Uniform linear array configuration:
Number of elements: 4
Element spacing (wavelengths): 0.5
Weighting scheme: blackman
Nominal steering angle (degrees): -60
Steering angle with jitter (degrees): -61.482
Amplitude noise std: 0.05
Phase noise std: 0.05

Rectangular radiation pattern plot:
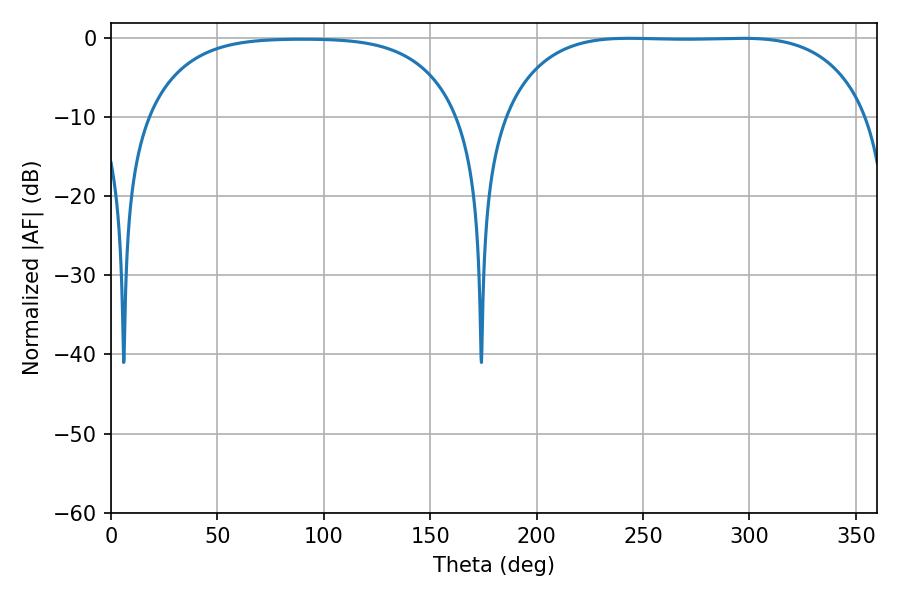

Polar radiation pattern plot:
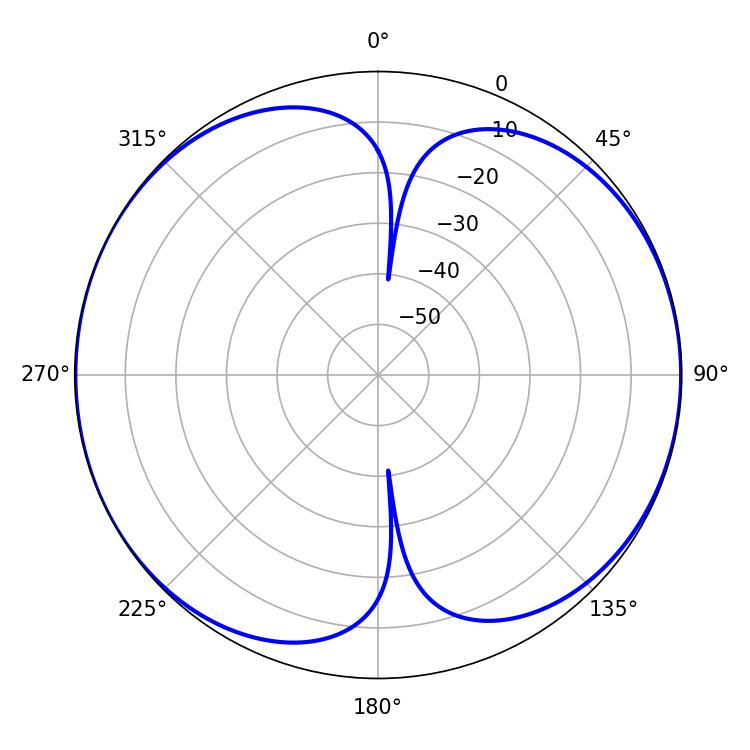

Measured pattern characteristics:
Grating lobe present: FALSE
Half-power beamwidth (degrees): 133.2
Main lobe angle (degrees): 243.54